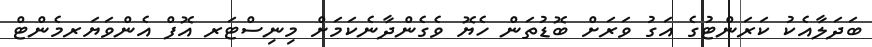
ބަދަލާއެކު ކަރަންޓުގެ އަގު ވަރަށް ބޮޑުތަން ހެޔޮ ވެގެންދާނެކަމަށް މިނިސްޓަރ އޮފް އެންވަޔަރމެންޓް